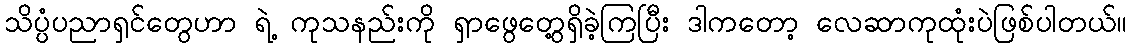
သိပ္ပံပညာရှင်တွေဟာ ရဲ့ ကုသနည်းကို ရှာဖွေတွေ့ရှိခဲ့ကြပြီး ဒါကတော့ လေဆာကုထုံးပဲဖြစ်ပါတယ်။